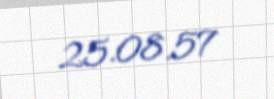
25.08.57